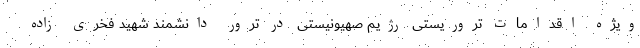
ویژه اقدامات تروریستی رژیم صهیونیستی در ترور دانشمند شهید فخری زاده